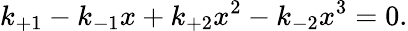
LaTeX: k_{+1}-k_{-1}x+k_{+2}x^{2}-k_{-2}x^{3}=0.